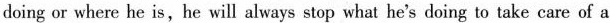
doing or where he is,he will always stop what he's doing to take care of a